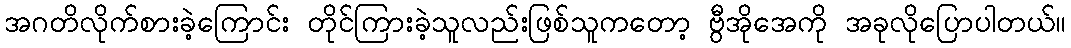
အဂတိလိုက်စားခဲ့ကြောင်း တိုင်ကြားခဲ့သူလည်းဖြစ်သူကတော့ ဗွီအိုအေကို အခုလိုပြောပါတယ်။